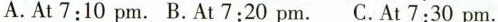
A.At 7:10 pm. B.At 7:20 pm.C.At 7:30 pm.